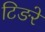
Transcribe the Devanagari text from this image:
टिङरे